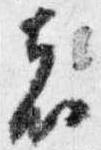
者